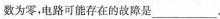
数为零，电路可能存在的故障是___.